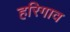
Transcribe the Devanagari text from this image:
हरिगाव